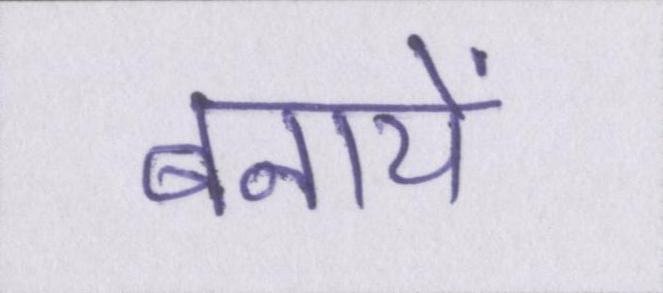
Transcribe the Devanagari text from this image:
बनायें